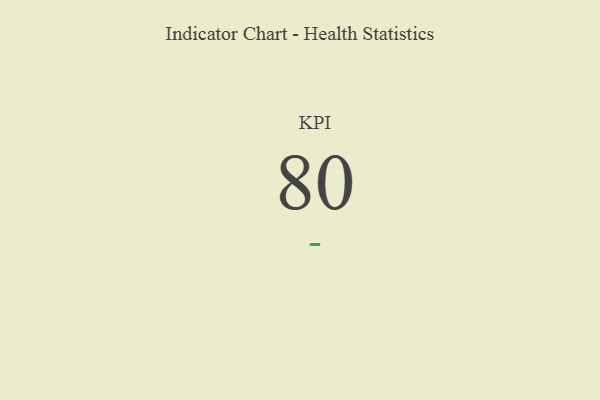
{"axis": {"x": "KPI", "y": "Value"}, "legend": [""], "data": [{"x": "KPI", "y": 80, "type": ""}]}